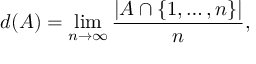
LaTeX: d ( A ) = \operatorname* { l i m } _ { n \to \infty } { \frac { | A \cap \{ 1 , \dots , n \} | } { n } } ,